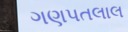
ગણપતલાલ